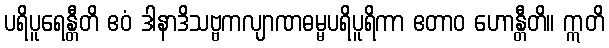
ပရိပူရေန္တီတိ ဧဝံ ဒါနာဒိသဗ္ဗကလျာဏဓမ္မပရိပူရိကာ ဧတာဝ ဟောန္တီတိ။ ဣတိ